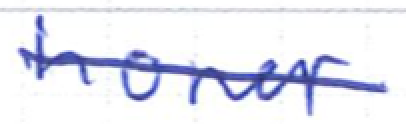
Text: honor
Cross-out: single-line
Writing tool: ballpoint